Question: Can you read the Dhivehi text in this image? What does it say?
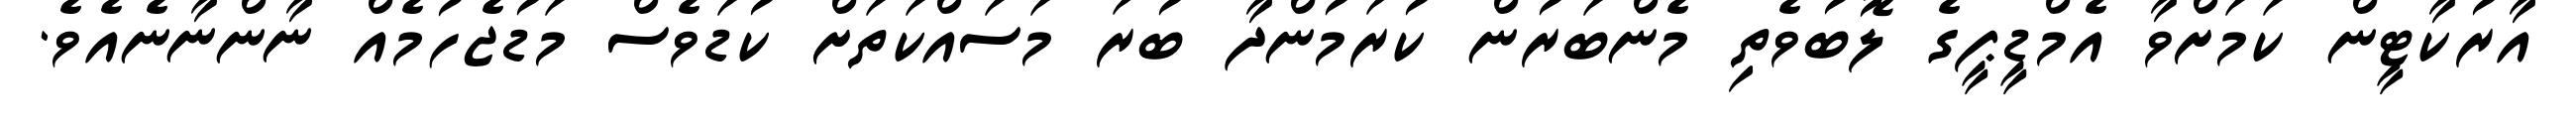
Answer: އާރުކާޓީން ކަމަށްވާ އެމްޑީޕީގެ ލޮބުވެތި މެންބަރުން ކުރަމުންދާ ބުރަ މަސައްކަތަށް ކުޑަވެސް މަޑުޖެހުމެއް ނާންނާނެއެވެ.